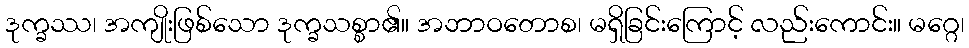
ဒုက္ခဿ၊ အကျိုးဖြစ်သော ဒုက္ခသစ္စာ၏။ အဘာဝတောစ၊ မရှိခြင်းကြောင့် လည်းကောင်း။ မဂ္ဂေ၊